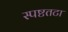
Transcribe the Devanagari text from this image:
स्पष्टतटा